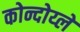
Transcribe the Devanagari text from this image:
कोन्दोय्ले